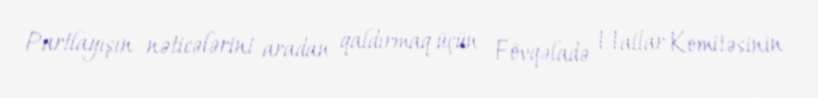
Partlayışın nəticələrini aradan qaldırmaq üçün Fövqəladə Hallar Komitəsinin